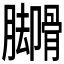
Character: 𬛟